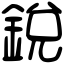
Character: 銳